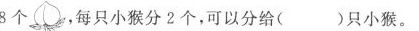
8个，每只小猴分2个，可以分给( )只小猴。